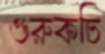
গুরুকচি